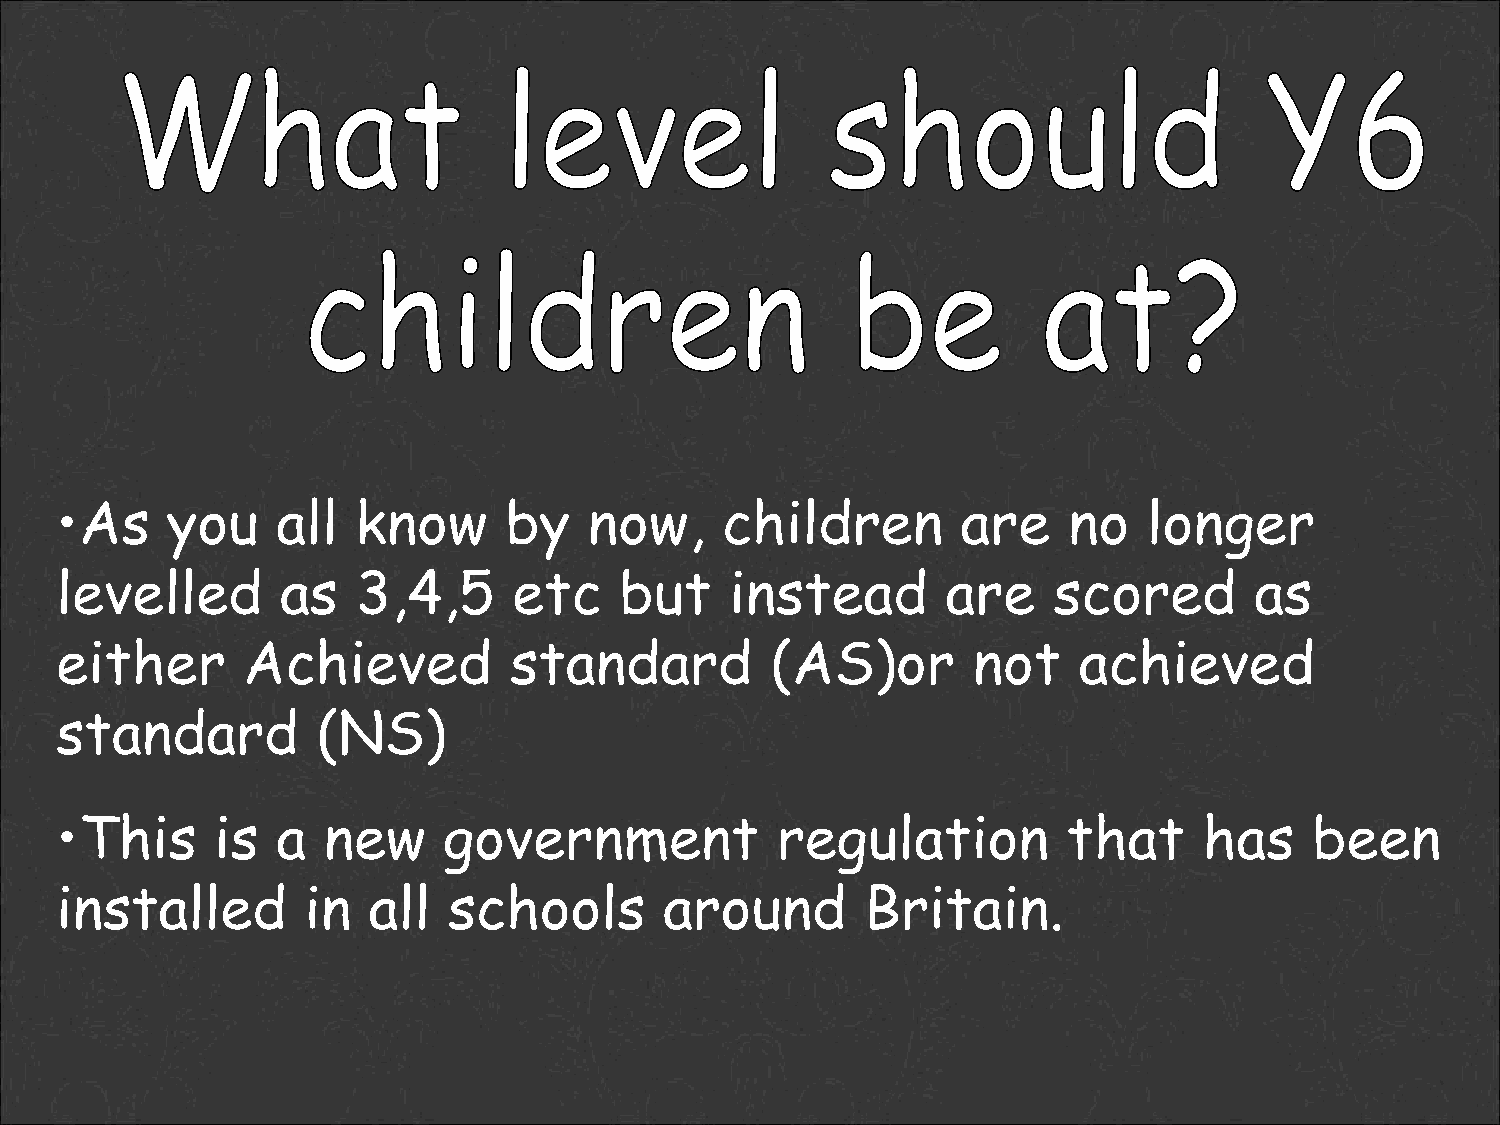
•As    you    all   know     by    now,     children        are    no   longer
 levelled       as   3,4,5     etc    but    instead        are    scored       as
 either      Achieved          standard         (AS)or       not    achieved
 standard         (NS)
 •This     is  a  new     government            regulation          that     has    been
 installed       in  all   schools       around       Britain.